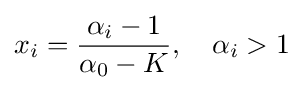
x_{i}={\frac {\alpha _{i}-1}{\alpha _{0}-K}},\quad \alpha _{i}>1